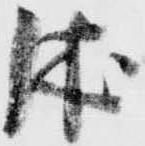
休